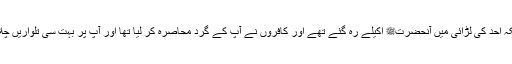
(3) تیسرا وہ نازک موقع تھا جبکہ احد کی لڑائی میں آنحضرتﷺ اکیلے رہ گئے تھے اور کافروں نے آپؐ کے گرد محاصرہ کر لیا تھا اور آپؐ پر بہت سی تلواریں چلائیں مگر کوئی کار گر نہ ہوئی۔